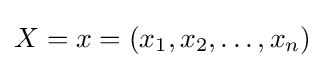
X=x=(x_{1},x_{2},\ldots ,x_{n})